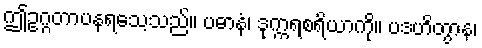
ဤဥဂ္ဂတာပနရသေ့သည်။ ပဓာနံ၊ ဒုက္ကရစရိယာကို။ ပဒဟိတွာန၊